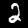
Label: 2